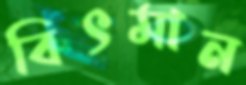
বিৎমান